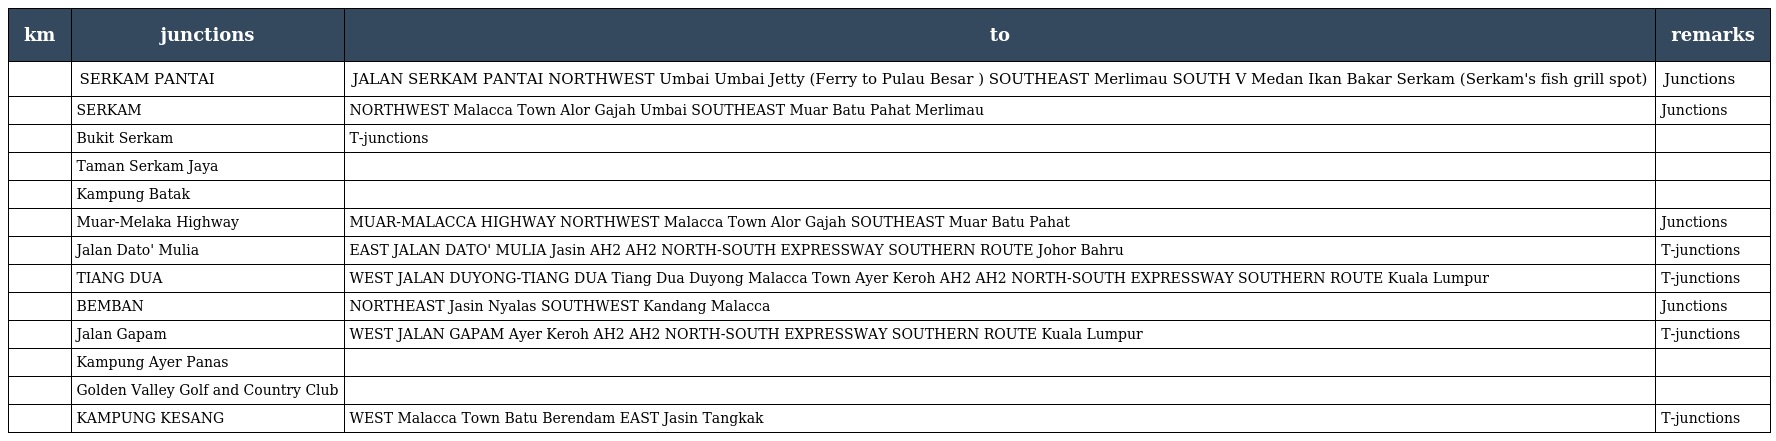
| km | junctions | to | remarks |
 | --- | --- | --- | --- |
 |  | SERKAM PANTAI | JALAN SERKAM PANTAI NORTHWEST Umbai Umbai Jetty (Ferry to Pulau Besar ) SOUTHEAST Merlimau SOUTH V Medan Ikan Bakar Serkam (Serkam's fish grill spot) | Junctions |
 |  | SERKAM | NORTHWEST Malacca Town Alor Gajah Umbai SOUTHEAST Muar Batu Pahat Merlimau | Junctions |
 |  | Bukit Serkam | T-junctions |  |
 |  | Taman Serkam Jaya |  |  |
 |  | Kampung Batak |  |  |
 |  | Muar-Melaka Highway | MUAR-MALACCA HIGHWAY NORTHWEST Malacca Town Alor Gajah SOUTHEAST Muar Batu Pahat | Junctions |
 |  | Jalan Dato' Mulia | EAST JALAN DATO' MULIA Jasin AH2 AH2 NORTH-SOUTH EXPRESSWAY SOUTHERN ROUTE Johor Bahru | T-junctions |
 |  | TIANG DUA | WEST JALAN DUYONG-TIANG DUA Tiang Dua Duyong Malacca Town Ayer Keroh AH2 AH2 NORTH-SOUTH EXPRESSWAY SOUTHERN ROUTE Kuala Lumpur | T-junctions |
 |  | BEMBAN | NORTHEAST Jasin Nyalas SOUTHWEST Kandang Malacca | Junctions |
 |  | Jalan Gapam | WEST JALAN GAPAM Ayer Keroh AH2 AH2 NORTH-SOUTH EXPRESSWAY SOUTHERN ROUTE Kuala Lumpur | T-junctions |
 |  | Kampung Ayer Panas |  |  |
 |  | Golden Valley Golf and Country Club |  |  |
 |  | KAMPUNG KESANG | WEST Malacca Town Batu Berendam EAST Jasin Tangkak | T-junctions |